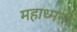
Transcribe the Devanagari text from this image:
महाध्मनी